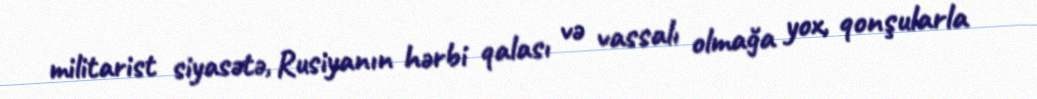
militarist siyasətə, Rusiyanın hərbi qalası və vassalı olmağa yox, qonşularla